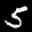
Label: 5